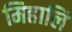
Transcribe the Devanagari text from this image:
मिहालि